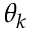
\theta _ { k }